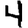
Digit: 4